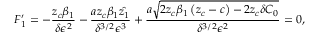
F _ { 1 } ^ { \prime } = - \frac { z _ { c } \beta _ { 1 } } { \delta \epsilon ^ { 2 } } - \frac { a z _ { c } \beta _ { 1 } \hat { z _ { 1 } } } { \delta ^ { 3 / 2 } \epsilon ^ { 3 } } + \frac { a \sqrt { 2 z _ { c } \beta _ { 1 } \left( z _ { c } - c \right) - 2 z _ { c } \delta C _ { 0 } } } { \delta ^ { 3 / 2 } \epsilon ^ { 2 } } = 0 ,